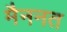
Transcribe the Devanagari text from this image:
मैननत